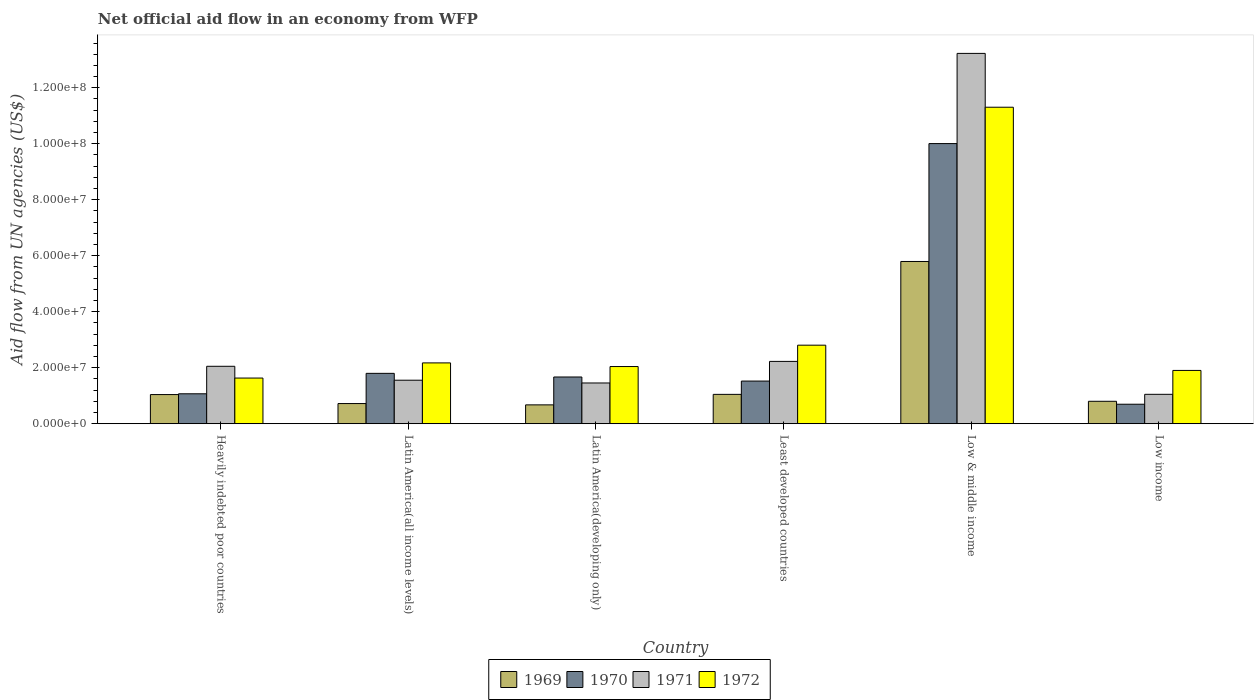
| Country | 1969 | 1970 | 1971 | 1972 |
 | --- | --- | --- | --- | --- |
 | Heavily indebted poor countries | 1.04e+07 | 1.07e+07 | 2.05e+07 | 1.63e+07 |
 | Latin America(all income levels) | 7.21e+06 | 1.8e+07 | 1.56e+07 | 2.17e+07 |
 | Latin America(developing only) | 6.74e+06 | 1.67e+07 | 1.46e+07 | 2.04e+07 |
 | Least developed countries | 1.05e+07 | 1.52e+07 | 2.23e+07 | 2.81e+07 |
 | Low & middle income | 5.8e+07 | 1e+08 | 1.32e+08 | 1.13e+08 |
 | Low income | 8.02e+06 | 6.97e+06 | 1.05e+07 | 1.9e+07 |